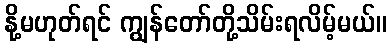
နို့မဟုတ်ရင် ကျွန်တော်တို့သိမ်းရလိမ့်မယ်။